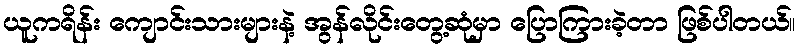
ယူကရိန်း ကျောင်းသားများနဲ့ အွန်လိုင်းတွေ့ဆုံမှာ ပြောကြားခဲ့တာ ဖြစ်ပါတယ်။